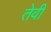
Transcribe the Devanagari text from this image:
तेवीं